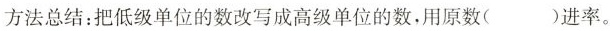
方法总结：把低级单位的数改写成高级单位的数，用原数( )进率。